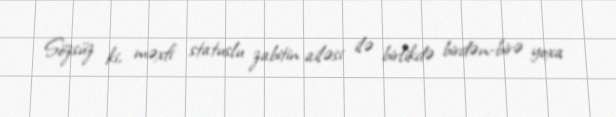
Sözsüz ki, məxfi statuslu zabitin ailəsi ilə birlikdə birdən-birə yoxa